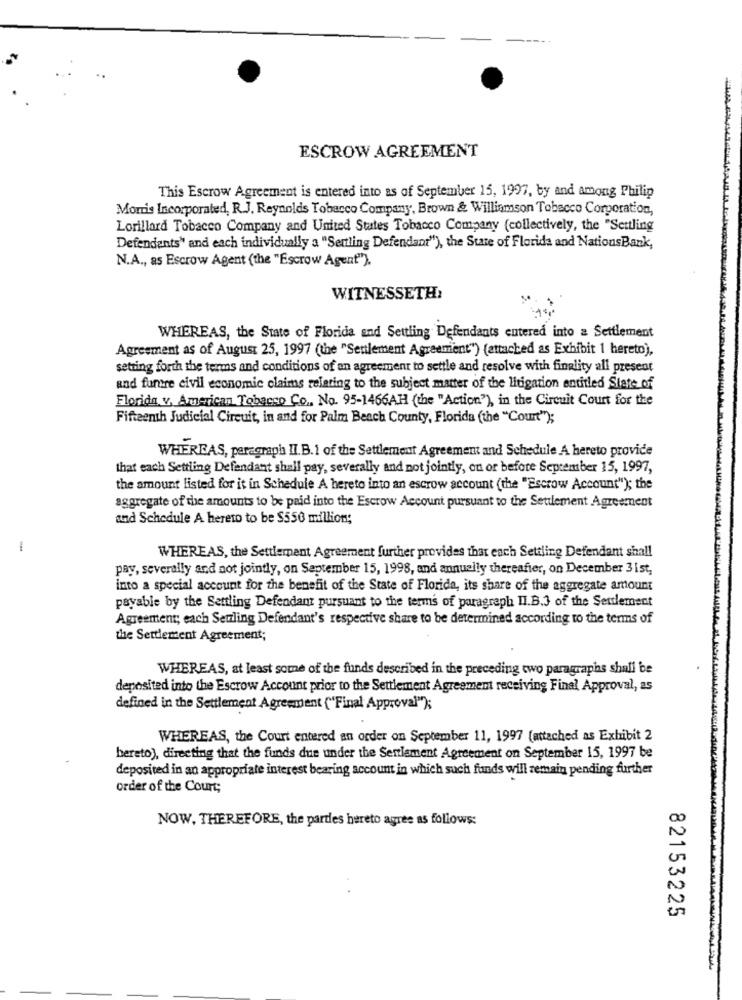
ESCROW AGREEMENT
This Escrow Agreement is entered into as of September 15, 1997, by and among Philip
Morris Incorporated, R.J. Reynolds Tobacco Company, Brown & Williamson Tobacco Corporation,
Lorillard Tobacco Company and United States Tobacco Company (collectively, the "Settling
Defendants" and each individually a "Settling Defendant"), the State of Florida and NationsBank,
N.A ., as Escrow Agent (the "Escrow Agent").
WITNESSETH:
WHEREAS, the State of Florida and Settling Defendants entered into a Settlement
Agreement as of August 25, 1997 (the "Settlement Agreement") (attached as Exhibit 1 hereto),
setting forth the terms and conditions of an agreement to settle and resolve with finality all present
and furere civil economic claims relating to the subject matter of the litigation entitled State of
Florida v. American Tobacso Co ., No. 95-1466AH (the "Action"), in the Circuit Court for the
Fifteenth Judicial Circuit, in and for Palm Beach County, Florida (the "Count");
WHEREAS, paragraph II. B. 1 of the Settlement Agreement and Schedule A hereto provide
that each Settling Defendant shall pay, severally and not jointly, on or before September 15, 1997,
the amount listed for it in Schedule A hereto into an escrow account (the "Escrow Account"); the
aggregate of the amounts to be paid into the Escrow Account pursuant to the Settlement Agreement
and Schedule A hereto to be $550 million;
1
WHEREAS, the Settlement Agreement further provides that each Settling Defendant shall
pay, severally and not jointly, on September 15, 1998, and annually thereafter, on December 3 ist,
into a special account for the benefit of the State of Florida, its share of the aggregate amount
payable by the Settling Defendant pursuant to the terms of paragraph II.B.3 of the Settlement
Agreement; each Serling Defendant's respective share to be determined according to the terms of
the Settlement Agreement;
WHEREAS, at least some of the funds described in the preceding two paragraphs shall be
deposited into the Escrow Account prior to the Settlement Agreement receiving Final Approval, as
defined in the Settlement Agreement ("Final Approval");
WHEREAS, the Court entered an order on September 11, 1997 (attached as Exhibit 2
hereto), directing that the funds due under the Settlement Agreement on September 15, 1997 be
deposited in an appropriate interest bearing account in which such funds will remain pending further
order of the Court;
NOW, THEREFORE, the parties hereto agree as follows:
82153225